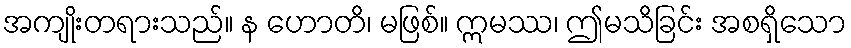
အကျိုးတရားသည်။ န ဟောတိ၊ မဖြစ်။ ဣမဿ၊ ဤမသိခြင်း အစရှိသော